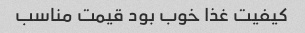
کیفیت غذا خوب بود قیمت مناسب